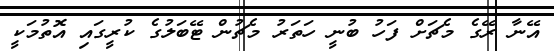
އޭނާ ރޭގެ މެޗަށް ފަހު ބުނީ ހަތަރު މެޗުން ޓޭބަލުގެ ކުރީގައި އޮތުމަކީ